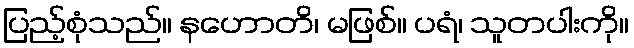
ပြည့်စုံသည်။ နဟောတိ၊ မဖြစ်။ ပရံ၊ သူတပါးကို။